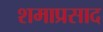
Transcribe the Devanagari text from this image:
शमाप्रसाद